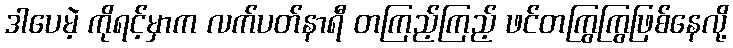
ဒါပေမဲ့ ကိုရင့်မှာက လက်ပတ်နာရီ တကြည့်ကြည့် ဖင်တကြွကြွဖြစ်နေလို့